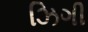
ઝિગી